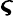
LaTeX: \boldsymbol{\varsigma}